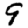
Digit: 9